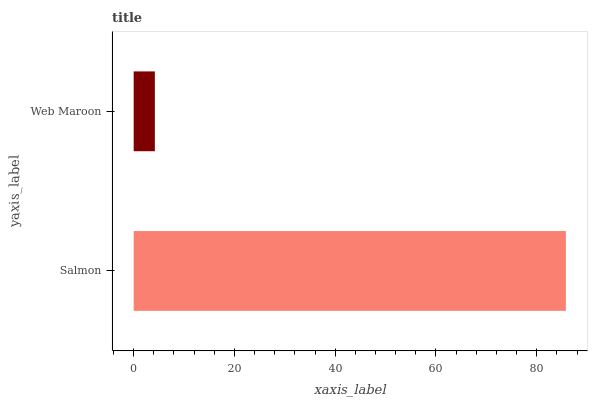
| yaxis_label | bars |
 | --- | --- |
 | Salmon | 85.8 |
 | Web Maroon | 4.2 |